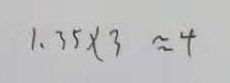
1 . 3 5 \times 3 \approx 4